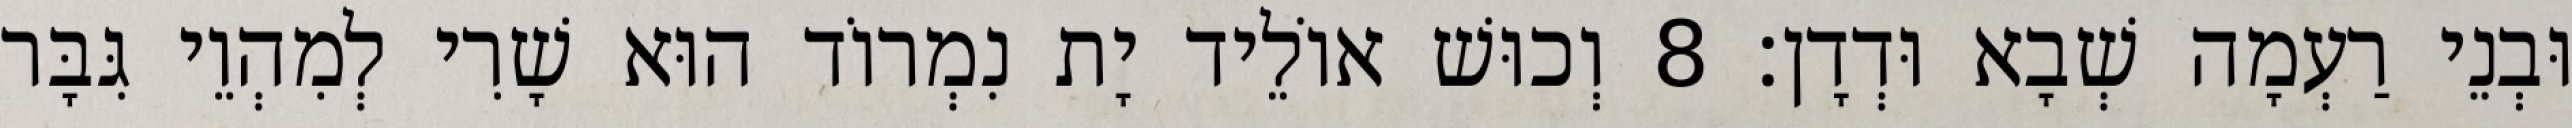
וּבְנֵי רַעְמָה שְׁבָא וּדְדָן׃ 8 וְכוּשׁ אוֹלֵיד יָת נִמְרוֹד הוּא שָׁרִי לְמִהְוֵי גִּבָּר